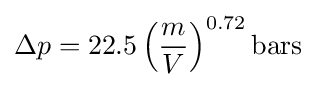
\Delta p=22.5\left({m \over V}\right)^{0.72}{\text{bars}}